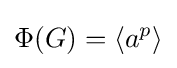
\Phi (G)=\left\langle a^{p}\right\rangle